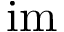
\mathrm { i m }